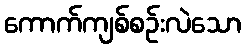
ကောက်ကျစ်စဉ်းလဲသော